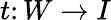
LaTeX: t\colon W\to I